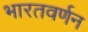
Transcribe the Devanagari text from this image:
भारतवर्णन